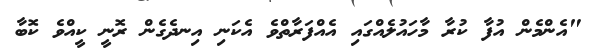
"އެންމެން އުފާ ކުރާ މާހައުލެއްގައި އެއްފަރާތްވެ އެކަނި އިނދެގެން ރޮނީ ކީއްވެ ކޮބާ